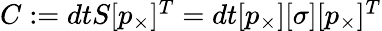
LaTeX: \begin{array}{r}{C:=dtS[p_{\times}]^{T}=dt[p_{\times}][\sigma][p_{\times}]^{T}}\end{array}